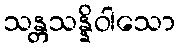
သန္တသန္နိဝါသော